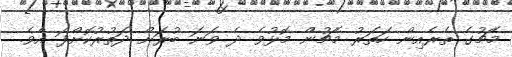
މެޗުގެ ތެރެއިން ހަތަރު މެޗުން މޮޅުވެ ދެ ވަނަ ބުރަށް ދަތުރުކޮށްފަ އެވެ.